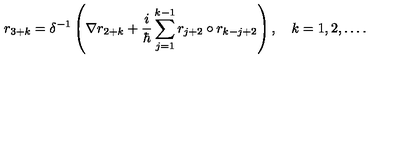
r _ { 3 + k } = \delta ^ { - 1 } \left( \nabla r _ { 2 + k } + \frac i \hbar \sum _ { j = 1 } ^ { k - 1 } r _ { j + 2 } \circ r _ { k - j + 2 } \right) , \quad k = 1 , 2 , \ldots .